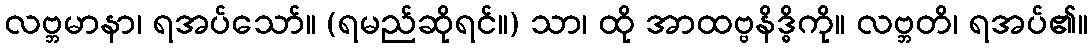
လဗ္ဘမာနာ၊ ရအပ်သော်။ (ရမည်ဆိုရင်။) သာ၊ ထို အာထဗ္ဗနိဒ္ဓိကို။ လဗ္ဘတိ၊ ရအပ်၏။